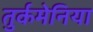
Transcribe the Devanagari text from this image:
तुर्कमेनिया